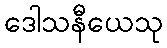
ဒေါသနီယေသု